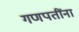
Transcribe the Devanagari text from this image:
गणपतींना